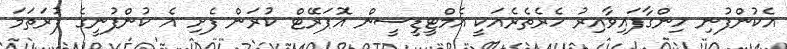
އެކުންފުނި ހިންގާފައިވާއިރު ހެރެތެރެއަކީ އެމްޓީޑީސީން އޮޕަރޭޓް ކުރަން ފެށި އެ ކުންފުނީގެ ފުރަތަމަ